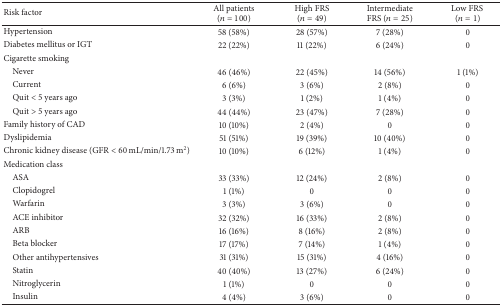
| Risk factor | All patients (n = 100) | High FRS (n = 49) | Intermediate FRS (n = 25) | Low FRS (n = 1) |
 | --- | --- | --- | --- | --- |
 | Hypertension | 58 (58%) | 28 (57%) | 7 (28%) | 0 |
 | Diabetes mellitus or IGT | 22 (22%) | 11 (22%) | 6 (24%) | 0 |
 | Cigarette smoking |  |  |  |  |
 | Never | 46 (46%) | 22 (45%) | 14 (56%) | 1 (1%) |
 | Current | 6 (6%) | 3 (6%) | 2 (8%) | 0 |
 | Quit < 5 years ago | 3 (3%) | 1 (2%) | 1 (4%) | 0 |
 | Quit > 5 years ago | 44 (44%) | 23 (47%) | 7 (28%) | 0 |
 | Family history of CAD | 10 (10%) | 2 (4%) | 0 | 0 |
 | Dyslipidemia | 51 (51%) | 19 (39%) | 10 (40%) | 0 |
 | Chronic kidney disease (GFR < 60 mL/min/1.73 m2) | 10 (10%) | 6 (12%) | 1 (4%) | 0 |
 | Medication class |  |  |  |  |
 | ASA | 33 (33%) | 12 (24%) | 2 (8%) | 0 |
 | Clopidogrel | 1 (1%) | 0 | 0 | 0 |
 | Warfarin | 3 (3%) | 3 (6%) | 0 | 0 |
 | ACE inhibitor | 32 (32%) | 16 (33%) | 2 (8%) | 0 |
 | ARB | 16 (16%) | 8 (16%) | 2 (8%) | 0 |
 | Beta blocker | 17 (17%) | 7 (14%) | 1 (4%) | 0 |
 | Other antihypertensives | 31 (31%) | 15 (31%) | 4 (16%) | 0 |
 | Statin | 40 (40%) | 13 (27%) | 6 (24%) | 0 |
 | Nitroglycerin | 1 (1%) | 0 | 0 | 0 |
 | Insulin | 4 (4%) | 3 (6%) | 0 | 0 |